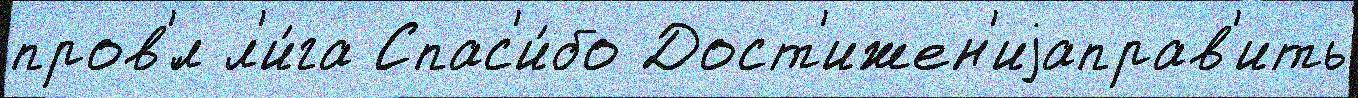
пров'́л л'и́га Спас'и́бо Дост'ижен'иjаправ'ить